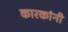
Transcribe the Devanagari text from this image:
कारकांनी